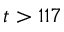
t > 1 1 7